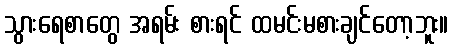
သွားရေစာတွေ အရမ်း စားရင် ထမင်းမစားချင်တော့ဘူး။